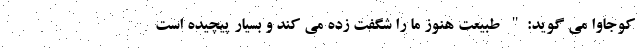
کوجاوا می گوید:" طبیعت هنوز ما را شگفت زده می کند و بسیار پیچیده است